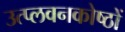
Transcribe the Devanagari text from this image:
उत्प्लवनकोष्ठों